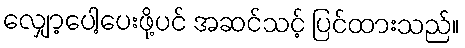
လျှော့ပေါ့ပေးဖို့ပင် အဆင်သင့် ပြင်ထားသည်။